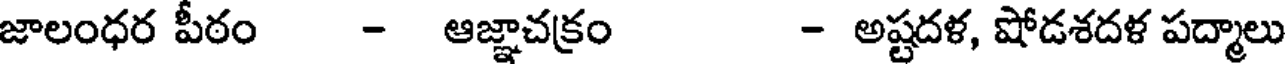
జాలంధర పీఠం - ఆజ్ఞాచక్రం - అష్టదళ, షోడశదళ పద్మాలు